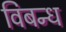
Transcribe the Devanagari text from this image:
विबन्ध